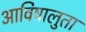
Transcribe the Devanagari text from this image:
आविषालुता